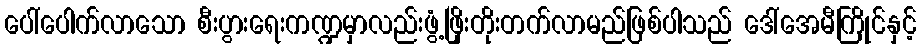
ပေါ်ပေါက်လာသော စီးပွားရေးကဏ္ဍမှာလည်းဖွံ့ဖြိုးတိုးတက်လာမည်ဖြစ်ပါသည် ဒေါ်အေမီကြိုင်နှင့်